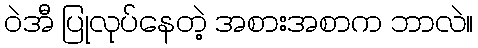
ဝဲအီ ပြုလုပ်နေတဲ့ အစားအစာက ဘာလဲ။